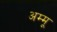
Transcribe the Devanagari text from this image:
अम्मू